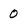
Character: 0